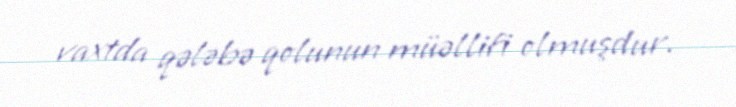
vaxtda qələbə qolunun müəllifi olmuşdur.